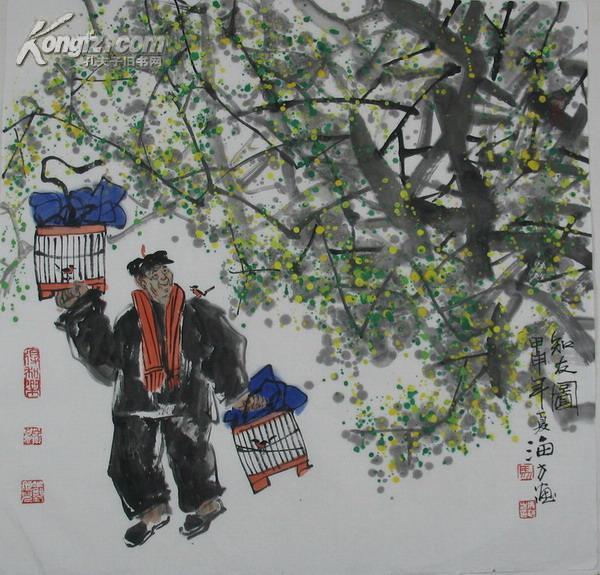
征马分飞日渐斜，见此空为人所嗟。